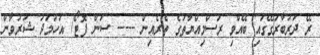
ރޭ ދަރުބާރުގޭގައި ބޭއްވި ރަސްމިއްޔާތުގެ ތެރެއިން ----- ސަން ފޮޓޯ/ އަހުމަދު ޝަރުވާން